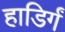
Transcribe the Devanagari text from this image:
हाडिर्गं